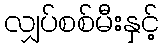
လျှပ်စစ်မီးနှင့်